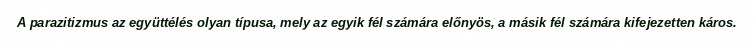
A parazitizmus az együttélés olyan típusa, mely az egyik fél számára előnyös, a másik fél számára kifejezetten káros.